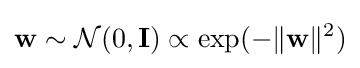
\mathbf {w} \sim {\mathcal {N}}(0,\mathbf {I} )\propto \exp(-\|\mathbf {w} \|^{2})